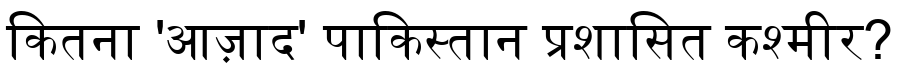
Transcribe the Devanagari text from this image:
कितना 'आज़ाद' पाकिस्तान प्रशासित कश्मीर?